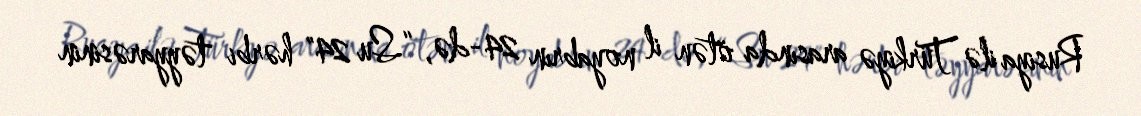
Rusiya ilə Türkiyə arasında ötən il noyabrın 24-də, “Su 24" hərbi təyyarəsinin